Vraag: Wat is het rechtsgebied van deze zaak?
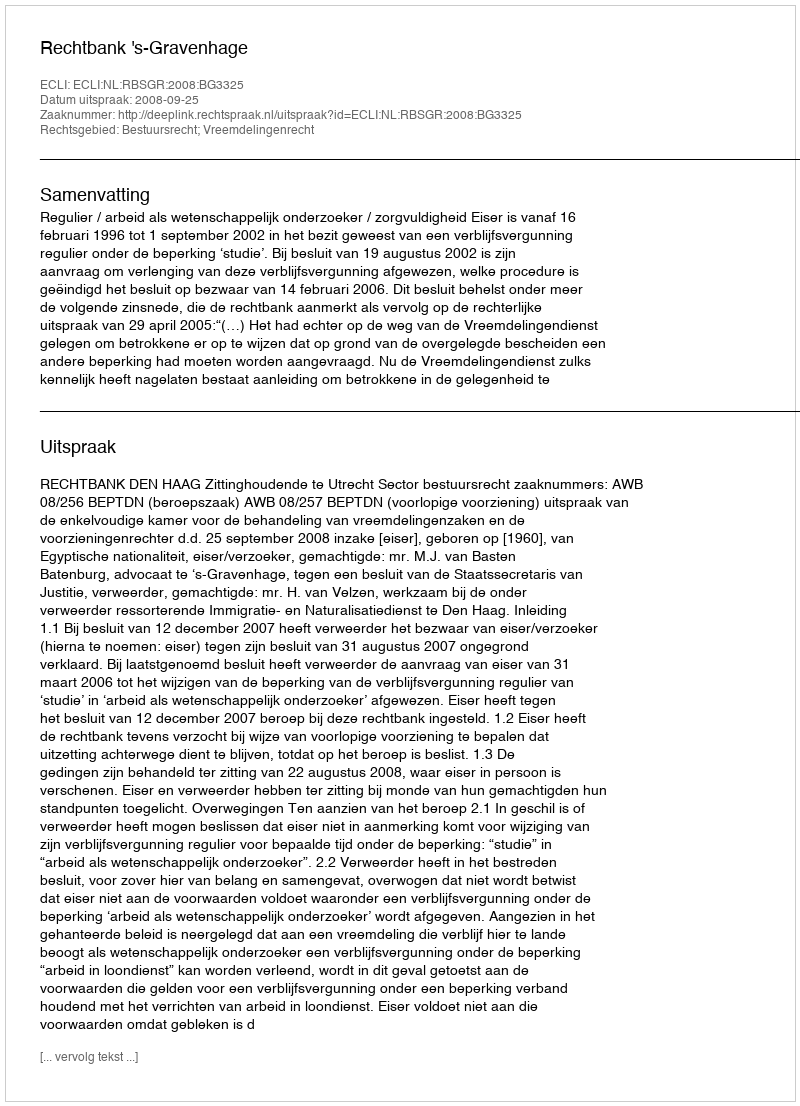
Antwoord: Bestuursrecht; Vreemdelingenrecht